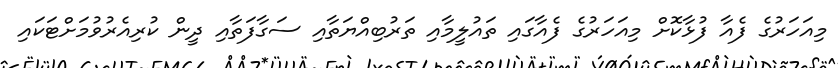
މިއަހަރުގެ ފެއާ ފުޅާކޮށް މިއަހަރުގެ ފެއާގައި ތައުލީމާއި ތަރުބިއްޔަތާއި ސަގާފަތާއި ދީން ކުރިއެރުވުމަށްޓަކައި